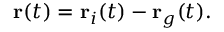
\mathbf { r } ( t ) = \mathbf { r } _ { i } ( t ) - \mathbf { r } _ { g } ( t ) .